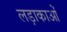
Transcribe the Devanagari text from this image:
लड़ाकाओं